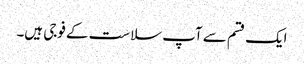
ایک قسم سے آپ سلاست کے فوجی ہیں۔